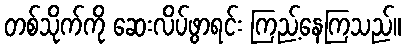
တစ်သိုက်ကို ဆေးလိပ်ဖွာရင်း ကြည့်နေကြသည်။